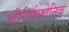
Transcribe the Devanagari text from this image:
स्टीरीयोफोनिक